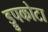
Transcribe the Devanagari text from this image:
ड्रुपकोटा